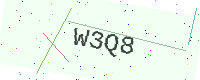
Text: W3Q8